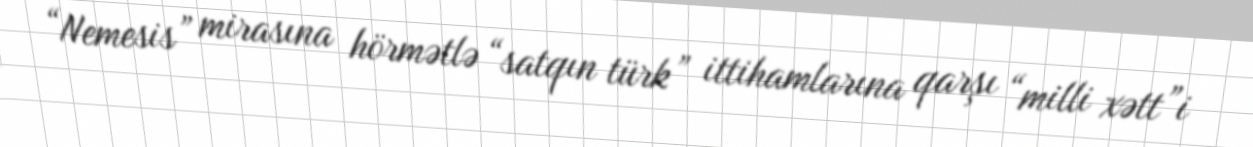
“Nemesis” mirasına hörmətlə “satqın türk” ittihamlarına qarşı “milli xətt”i